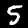
Label: 5